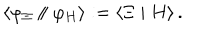
\left\langle \varphi _ { \Xi } \parallel \varphi _ { H } \right\rangle : = \left\langle \Xi \mid H \right\rangle .